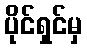
ပိုင်ရှင်မှ